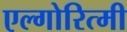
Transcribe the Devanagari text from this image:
एल्गोरित्मी